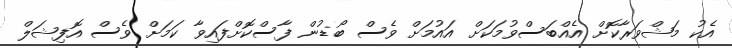
އެކު މަޝްވަރާކޮށް އެއްބަސްވުމަކަށް އައުމަށް ވެސް ބޯޑުން ފާސްކޮށްފައިވާ ކަމަށް ވެސް އޮފިޝަލް